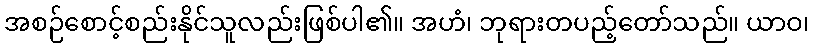
အစဉ်စောင့်စည်းနိုင်သူလည်းဖြစ်ပါ၏။ အဟံ၊ ဘုရားတပည့်တော်သည်။ ယာဝ၊